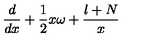
\frac { d } { d x } + \frac { 1 } { 2 } x \omega + \frac { l + N } { x }